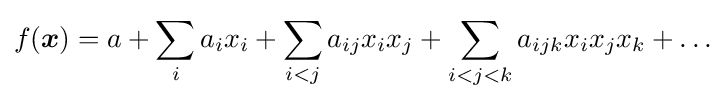
f({\boldsymbol {x}})=a+\sum _{i}a_{i}x_{i}+\sum _{i<j}a_{ij}x_{i}x_{j}+\sum _{i<j<k}a_{ijk}x_{i}x_{j}x_{k}+\ldots